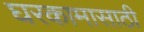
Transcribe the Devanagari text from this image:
घरकामासाठी